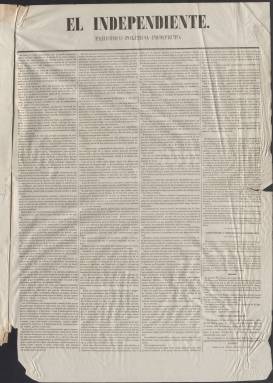
Título: El Independiente (Madrid. 1864)
Colección: Periódicos
Ámbito geográfico: Madrid
Lugar de publicación: Madrid
Fechas: 01/01/1864-08/07/1865